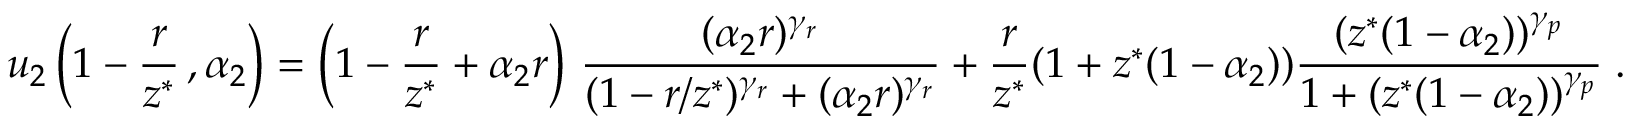
u _ { 2 } \left( 1 - \frac { r } { z ^ { * } } \, , \alpha _ { 2 } \right) = \left( 1 - \frac { r } { z ^ { * } } + \alpha _ { 2 } r \right) \, \frac { ( \alpha _ { 2 } r ) ^ { \gamma _ { r } } } { ( 1 - r / z ^ { * } ) ^ { \gamma _ { r } } + ( \alpha _ { 2 } r ) ^ { \gamma _ { r } } } + \frac { r } { z ^ { * } } ( 1 + z ^ { * } ( 1 - \alpha _ { 2 } ) ) \frac { ( z ^ { * } ( 1 - \alpha _ { 2 } ) ) ^ { \gamma _ { p } } } { 1 + ( z ^ { * } ( 1 - \alpha _ { 2 } ) ) ^ { \gamma _ { p } } } \; .